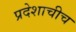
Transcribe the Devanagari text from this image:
प्रदेशाचीच